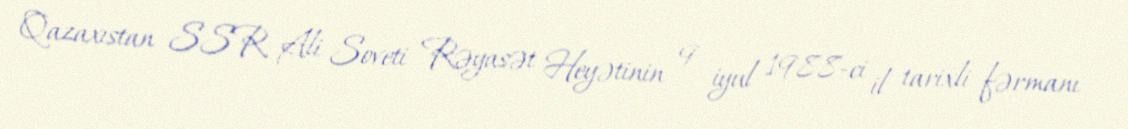
Qazaxıstan SSR Ali Soveti Rəyasət Heyətinin 9 iyul 1988-ci il tarixli fərmanı